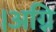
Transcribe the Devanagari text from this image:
।अग्नि